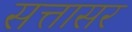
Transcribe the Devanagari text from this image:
सत्तासर